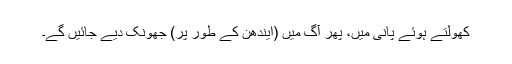
کھولتے ہوئے پانی میں، پھر آگ میں (ایندھن کے طور پر) جھونک دیے جائیں گے۔